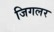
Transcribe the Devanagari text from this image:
जिगलर